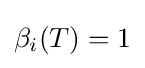
\beta _{i}(T)=1